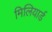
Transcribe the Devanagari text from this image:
मिलियार्ड